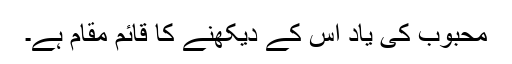
محبوب کی یاد اُس کے دیکھنے کا قائم مقام ہے۔